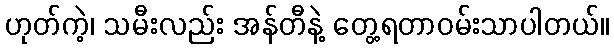
ဟုတ်ကဲ့၊ သမီးလည်း အန်တီနဲ့ တွေ့ရတာဝမ်းသာပါတယ်။